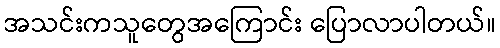
အသင်းကသူတွေအကြောင်း ပြောလာပါတယ်။